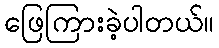
ဖြေကြားခဲ့ပါတယ်။